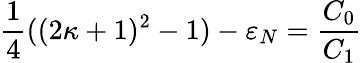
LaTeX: \frac{1}{4}((2\kappa+1)^{2}-1)-\varepsilon_{N}=\frac{C_{0}}{C_{1}}